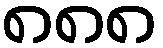
၈၈၈